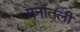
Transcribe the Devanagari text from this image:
मनांतली